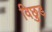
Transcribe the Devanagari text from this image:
विछुड़